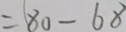
= 8 0 - 6 8